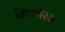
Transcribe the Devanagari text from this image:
सिकोरस